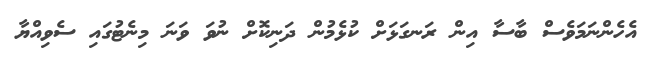
އެހެންނަމަވެސް ބާސާ އިން ރަނގަޅަށް ކުޅެމުން ދަނިކޮށް ނުވަ ވަނަ މިނެޓުގައި ސެވިއްޔާ